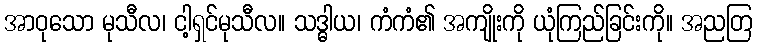
အာဝုသော မုသီလ၊ ငါ့ရှင်မုသီလ။ သဒ္ဓါယ၊ ကံကံ၏ အကျိုးကို ယုံကြည်ခြင်းကို။ အညတြ